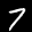
Label: 7